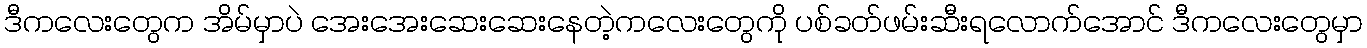
ဒီကလေးတွေက အိမ်မှာပဲ အေးအေးဆေးဆေးနေတဲ့ကလေးတွေကို ပစ်ခတ်ဖမ်းဆီးရလောက်အောင် ဒီကလေးတွေမှာ